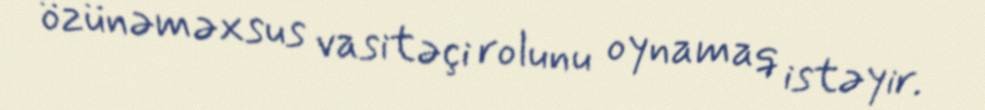
özünəməxsus vasitəçi rolunu oynamaq istəyir.